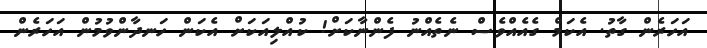
އަހަރެން ގާތު. އެކަމް ގެއެއްވެސް ނެތެއްނު ފެންނާކަށް! ކުއްލިއަކަށް އެކަން ހަނދާންވުމުން އަހަރެން